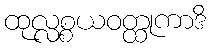
ထုလ္လစ္စယဝတ္ထုကာဒိ